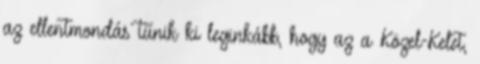
az ellentmondás tűnik ki leginkább, hogy az a Közel-Kelet,